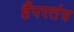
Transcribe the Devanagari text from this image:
हैंपरतंत्र